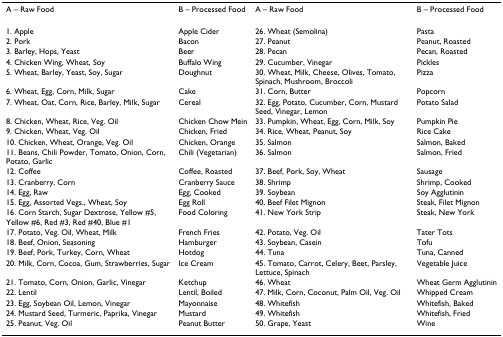
<table><thead><tr><td><b>A – Raw Food</b></td><td><b>B – Processed Food</b></td><td><b>A – Raw Food</b></td><td><b>B – Processed Food</b></td></tr></thead><tbody><tr><td>1. Apple</td><td>Apple Cider</td><td>26. Wheat (Semolina)</td><td>Pasta</td></tr><tr><td>2. Pork</td><td>Bacon</td><td>27. Peanut</td><td>Peanut, Roasted</td></tr><tr><td>3. Barley, Hops, Yeast</td><td>Beer</td><td>28. Pecan</td><td>Pecan, Roasted</td></tr><tr><td>4. Chicken Wing, Wheat, Soy</td><td>Buffalo Wing</td><td>29. Cucumber, Vinegar</td><td>Pickles</td></tr><tr><td>5. Wheat, Barley, Yeast, Soy, Sugar</td><td>Doughnut</td><td>30. Wheat, Milk, Cheese, Olives, Tomato, Spinach, Mushroom, Broccoli</td><td>Pizza</td></tr><tr><td>6. Wheat, Egg, Corn, Milk, Sugar</td><td>Cake</td><td>31. Corn, Butter</td><td>Popcorn</td></tr><tr><td>7. Wheat, Oat, Corn, Rice, Barley, Milk, Sugar</td><td>Cereal</td><td>32. Egg, Potato, Cucumber, Corn, Mustard Seed, Vinegar, Lemon</td><td>Potato Salad</td></tr><tr><td>8. Chicken, Wheat, Rice, Veg. Oil</td><td>Chicken Chow Mein</td><td>33. Pumpkin, Wheat, Egg, Corn, Milk, Soy</td><td>Pumpkin Pie</td></tr><tr><td>9. Chicken, Wheat, Veg. Oil</td><td>Chicken, Fried</td><td>34. Rice, Wheat, Peanut, Soy</td><td>Rice Cake</td></tr><tr><td>10. Chicken, Wheat, Orange, Veg. Oil</td><td>Chicken, Orange</td><td>35. Salmon</td><td>Salmon, Baked</td></tr><tr><td>11. Beans, Chili Powder, Tomato, Onion, Corn, Potato, Garlic</td><td>Chili (Vegetarian)</td><td>36. Salmon</td><td>Salmon, Fried</td></tr><tr><td>12. Coffee</td><td>Coffee, Roasted</td><td>37. Beef, Pork, Soy, Wheat</td><td>Sausage</td></tr><tr><td>13. Cranberry, Corn</td><td>Cranberry Sauce</td><td>38. Shrimp</td><td>Shrimp, Cooked</td></tr><tr><td>14. Egg, Raw</td><td>Egg, Cooked</td><td>39. Soybean</td><td>Soy Agglutinin</td></tr><tr><td>15. Egg, Assorted Vegs., Wheat, Soy</td><td>Egg Roll</td><td>40. Beef Filet Mignon</td><td>Steak, Filet Mignon</td></tr><tr><td>16. Corn Starch, Sugar Dextrose, Yellow #5, Yellow #6, Red #3, Red #40, Blue #1</td><td>Food Coloring</td><td>41. New York Strip</td><td>Steak, New York</td></tr><tr><td>17. Potato, Veg. Oil, Wheat, Milk</td><td>French Fries</td><td>42. Potato, Veg. Oil</td><td>Tater Tots</td></tr><tr><td>18. Beef, Onion, Seasoning</td><td>Hamburger</td><td>43. Soybean, Casein</td><td>Tofu</td></tr><tr><td>19. Beef, Pork, Turkey, Corn, Wheat</td><td>Hotdog</td><td>44. Tuna</td><td>Tuna, Canned</td></tr><tr><td>20. Milk, Corn, Cocoa, Gum, Strawberries, Sugar</td><td>Ice Cream</td><td>45. Tomato, Carrot, Celery, Beet, Parsley, Lettuce, Spinach</td><td>Vegetable Juice</td></tr><tr><td>21. Tomato, Corn, Onion, Garlic, Vinegar</td><td>Ketchup</td><td>46. Wheat</td><td>Wheat Germ Agglutinin</td></tr><tr><td>22. Lentil</td><td>Lentil, Boiled</td><td>47. Milk, Corn, Coconut, Palm Oil, Veg. Oil</td><td>Whipped Cream</td></tr><tr><td>23. Egg, Soybean Oil, Lemon, Vinegar</td><td>Mayonnaise</td><td>48. Whitefish</td><td>Whitefish, Baked</td></tr><tr><td>24. Mustard Seed, Turmeric, Paprika, Vinegar</td><td>Mustard</td><td>49. Whitefish</td><td>Whitefish, Fried</td></tr><tr><td>25. Peanut, Veg. Oil</td><td>Peanut Butter</td><td>50. Grape, Yeast</td><td>Wine</td></tr></tbody></table>